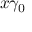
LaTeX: x \gamma _ { 0 }